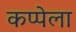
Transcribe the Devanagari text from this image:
कप्पेला